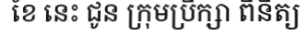
ខែ នេះ ជូន ក្រុមប្រឹក្សា ពិនិត្យ